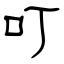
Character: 叮